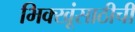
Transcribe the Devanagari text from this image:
भिक्खूंसाठीची